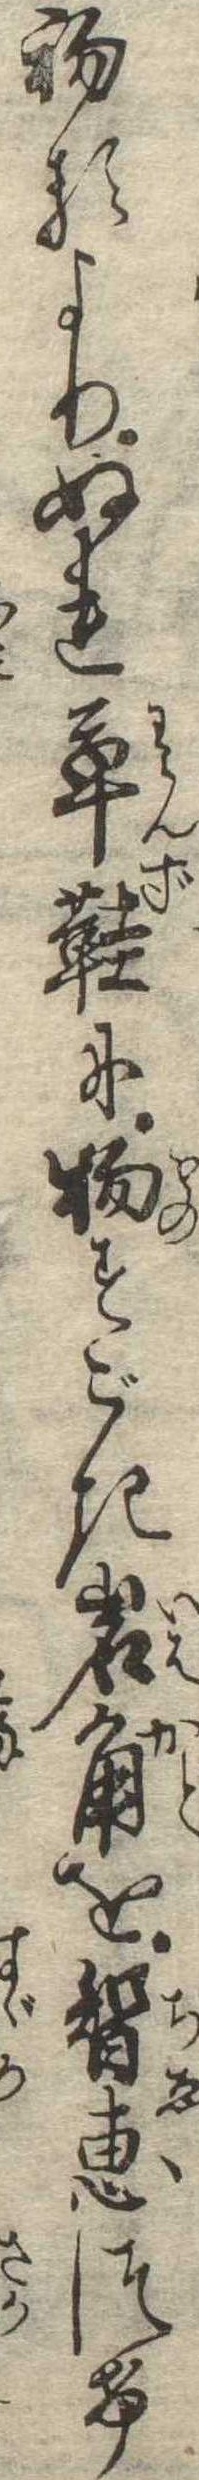
初るよりぬれ草鞋に物すごき岩角を智恵つけ